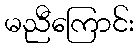
မညီကြောင်း